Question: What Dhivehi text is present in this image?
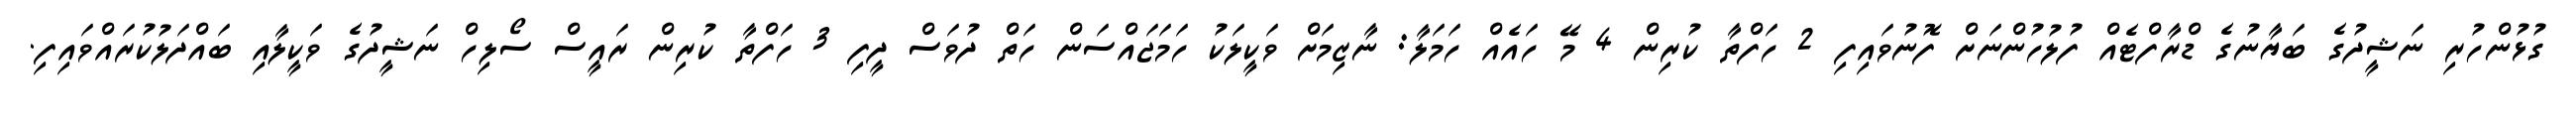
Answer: ގުޅުންހުރި ނަޝީދުގެ ބަޔާނުގެ ޑްރާފްޓެއް ފުލުހުންނަށް ފޮނުވައިފި 2 ހަފްތާ ކުރިން 4 މޭ ހައެއް ހަމަލާ: ނާޒިމަށް ވަކީލަކު ހަމަޖައްސަން ހަތް ދުވަސް ދީފި 3 ހަފްތާ ކުރިން ރައީސް ސޯލިހް ނަޝީދުގެ ވަކީލާއި ބައްދަލުކުރައްވައިފި.